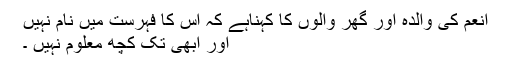
انعم کی والدہ اور گھر والوں کا کہناہے کہ اس کا فہرست میں نام نہیں
اور ابھی تک کچھ معلوم نہیں ۔